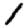
Digit: 1